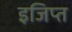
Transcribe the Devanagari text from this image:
इजिप्‍त